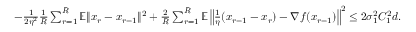
\begin{array} { r } { - \frac { 1 } { 2 \eta ^ { 2 } } \frac { 1 } { R } \sum _ { r = 1 } ^ { R } \mathbb { E } \| x _ { r } - x _ { r - 1 } \| ^ { 2 } + \frac { 2 } { R } \sum _ { r = 1 } ^ { R } \mathbb { E } \left\| \frac { 1 } { \eta } ( x _ { r - 1 } - x _ { r } ) - \nabla f ( x _ { r - 1 } ) \right\| ^ { 2 } \leq 2 \sigma _ { 1 } ^ { 2 } C _ { 1 } ^ { 2 } d . } \end{array}